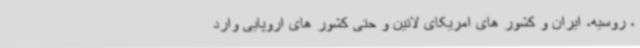
، روسیه، ایران و کشور های امریکای لاتین و حتی کشور های اروپایی وارد